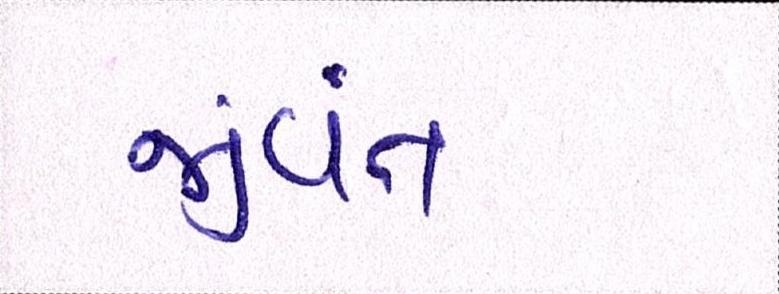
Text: જીવંત